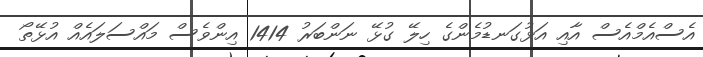
އެސްއެމްއެސް އާއި އަޅުގަނޑުމެންގެ ހިލޭ ގުޅޭ ނަންބަރު 1414 އިންވެސް މައްސަލައެއް އުޅޭތޯ